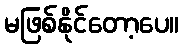
မဖြစ်နိုင်တော့ပေ။